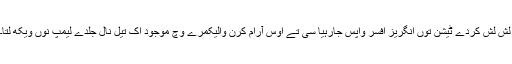
لش لش کردے ٹیشن توں انگریز افسر واپس جارہیا سی تے اوس آرام کرن والیکمرے وچ موجود اک تیل نال جلدے لیمپ نوں ویکھ لتا۔